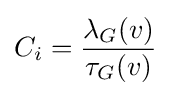
C_{i}={\frac {\lambda _{G}(v)}{\tau _{G}(v)}}